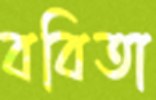
ববিতা